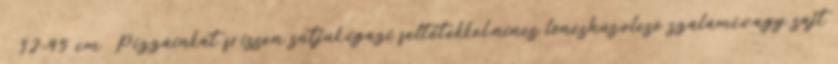
32-45 cm Pizzáinkat frissen sütjük,igazi feltétekkel,nincs löncshús,olcsó szalámi,vagy sajt